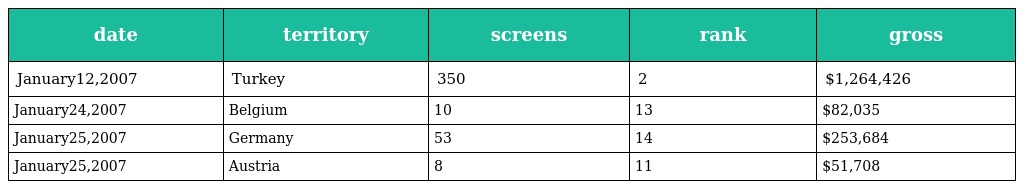
| date | territory | screens | rank | gross |
 | --- | --- | --- | --- | --- |
 | January12,2007 | Turkey | 350 | 2 | $1,264,426 |
 | January24,2007 | Belgium | 10 | 13 | $82,035 |
 | January25,2007 | Germany | 53 | 14 | $253,684 |
 | January25,2007 | Austria | 8 | 11 | $51,708 |